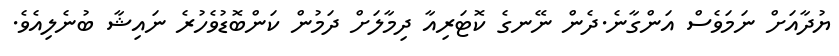
ޔުދާއަށް ނަމަވެސް އަންގާނެ.ދެން ނޭނގެ ކޮޓަރިއާ ދިމާލަށް ދަމުން ކަންބޮޑުވެހުރެ ނައިޝާ ބުނެލިއެވެ.